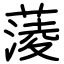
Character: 蔆